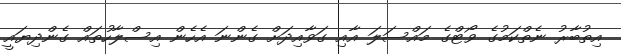
އިތުބާރު ނެތްކަމުގެ ވޯޓްގެ މައްސަލަ އާއި ގަވާއިދަށް ގެންނަ އެހެން އިސްލާހުތައް ގެންދިޔައީ